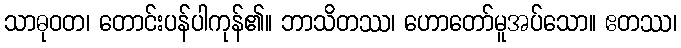
သာဓုဝတ၊ တောင်းပန်ပါကုန်၏။ ဘာသိတဿ၊ ဟောတော်မူအပ်သော။ ဧတဿ၊